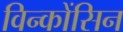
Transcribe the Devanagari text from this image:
विन्कोंसिन